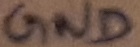
Text: GND